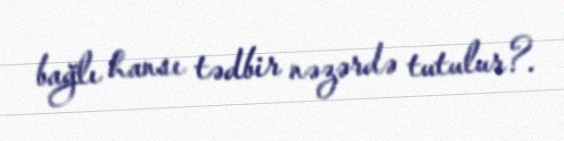
bağlı hansı tədbir nəzərdə tutulur?.